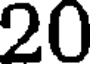
20